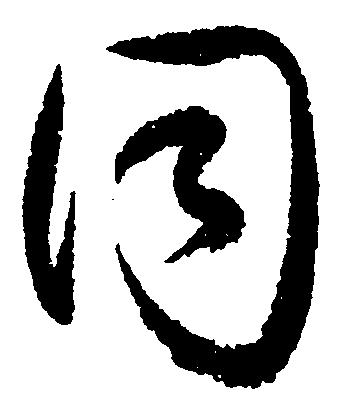
同